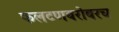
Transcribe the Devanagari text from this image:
फलटणबरोबरच